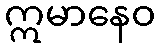
ဣမာနေဝ